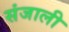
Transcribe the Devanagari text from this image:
संजाली